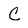
Character: C